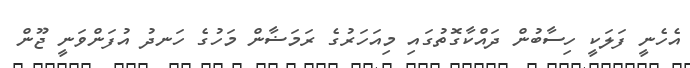
އެހެނީ ފަލަކީ ހިސާބުން ދައްކާގޮތުގައި މިއަހަރުގެ ރަމަޟާން މަހުގެ ހަނދު އުފަންވަނީ ޖޫން